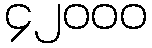
၄၂၀၀၀